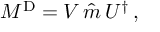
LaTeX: M ^ { \mathrm { D } } = V \, \hat { m } \, U ^ { \dagger } \, ,